Vaccination Hyderabad 1872-1889 - 1872-1889
Year: 1872
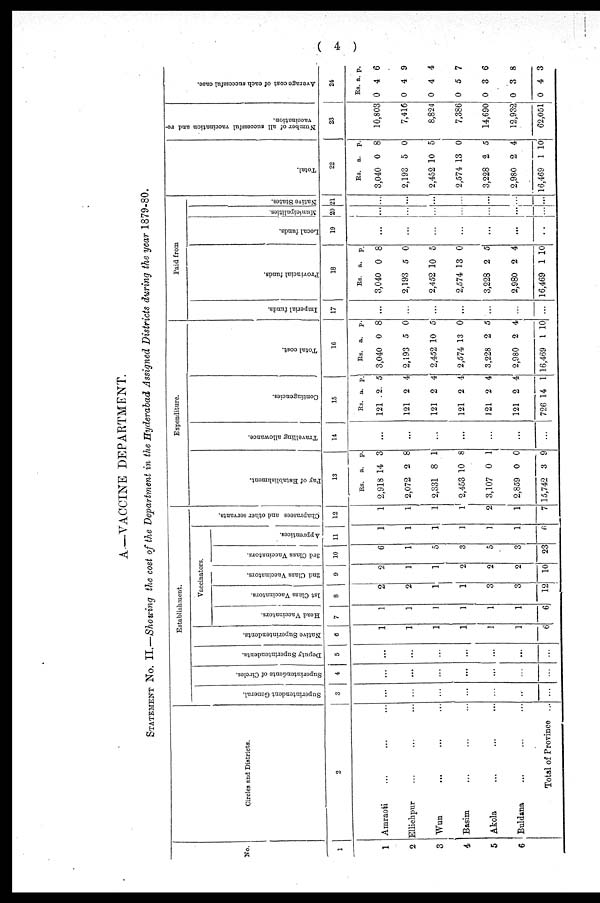
( 4 )
A.—VACCINE DEPARTMENT.
STATEMENT No. II.—Showing the cost of the Department in the Hyderabad Assigned Districts during the year 1879-80.
No.
1
1
2
3
4
5
6
Circles and Districts.
2
Amraoti ... ... ...
Ellichpur ... ... ...
Wun ... ... ...
Basim ... ... ...
Akola ... ... ...
Buldana ... ... ...
Total of Province ...
Establishment.
Superintendent General.
3
...
...
...
...
...
...
...
Superintendents of Circles.
4
...
...
...
...
...
...
...
Deputy Superintendents.
5
...
...
...
...
...
...
...
Native Superintendents.
6
1
1
1
1
1
1
6
Vaccinators.
Head Vaccinators.
7
1
1
1
1
1
1
6
1st Class Vaccinators.
8
2
2
1
1
3
3
12
2nd Class Vaccinators.
9
2
1
1
2
2
2
10
3rd Class Vaccinators.
10
6
1
5
3
5
3
23
Apprentices.
11
1
1
1
1
1
1
6
Chaprasees and other servants.
12
1
1
1
1
2
1
7
Expenditure.
Pay of Establishment.
13
Rs.
2,918
2,072
2,331
2,453
3,107
2,859
15,742
a.
14
2
8
10
0
0
3
p.
3
8
1
8
1
0
9
Travelling allowance.
14
...
...
...
...
...
...
...
Contingencies.
15
Rs.
121
121
121
121
121
121
726
a.
2
2
2
2
2
2
14
p.
5
4
4
4
4
4
1
Total cost.
16
Rs.
3,040
2,193
2,452
2,574
3,228
2,980
16,469
a.
0
5
10
13
2
2
1
p.
8
0
5
0
5
4
10
Paid from
Imperial funds.
17
...
...
...
...
...
...
...
Provincial funds.
18
Rs.
3,040
2,193
2,452
2,574
3,228
2,980
16,469
a.
0
5
10
13
2
2
1
p.
8
0
5
0
5
4
10
Local funds.
19
...
...
...
...
...
...
...
Municipalities.
20
...
...
...
...
...
...
...
Native States.
21
...
...
...
...
...
...
...
Total.
22
Rs.
3,040
2,193
2,452
2,574
3,228
2,980
16,469
a.
0
5
10
13
2
2
1
p.
8
0
5
0
5
4
10
Number of all successful vaccination and re¬
vaccination.
23
10,803
7,416
8,824
7,386
14,690
12,932
62,051
Average cost of each successful case.
24
Rs.
0
0
0
0
0
0
0
a.
4
4
4
5
3
3
4
p.
6
9
4
7
6
8
3